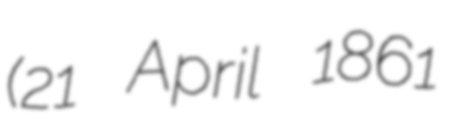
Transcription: (21 April 1861